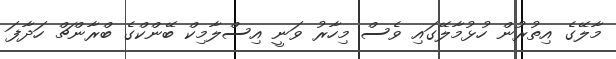
މާލޭގެ އިތުރުން ހުޅުމާލޭގައި ވެސް މިހާރު ވަނީ އިސްލާމިކް ބޭންކްގެ ބްރާންޗް ހަދާފަ